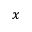
x